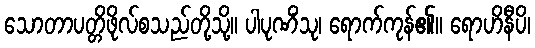
သောတာပတ္တိဖိုလ်စသည်တို့သို့။ ပါပုဏိံသု၊ ရောက်ကုန်၏။ ရောဟိနီပိ၊